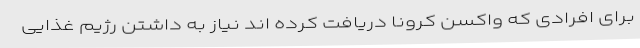
برای افرادی که واکسن کرونا دریافت کرده اند نیاز به داشتن رژیم غذایی